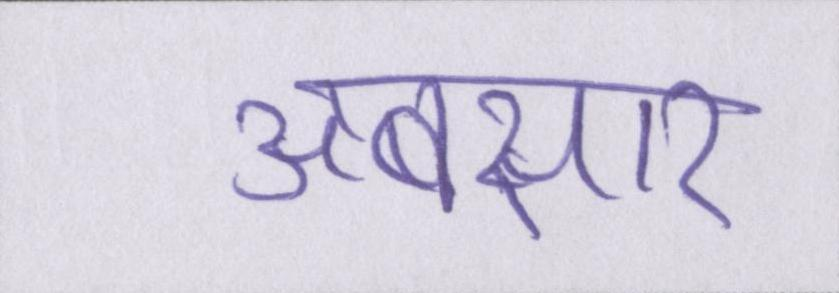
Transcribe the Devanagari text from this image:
अबसार